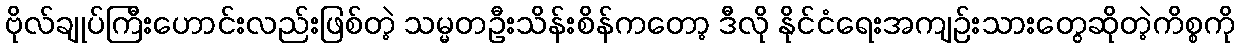
ဗိုလ်ချုပ်ကြီးဟောင်းလည်းဖြစ်တဲ့ သမ္မတဦးသိန်းစိန်ကတော့ ဒီလို နိုင်ငံရေးအကျဉ်းသားတွေဆိုတဲ့ကိစ္စကို